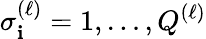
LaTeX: \sigma_{\mathbf{i}}^{(\ell)}=1,\ldots,Q^{(\ell)}